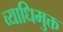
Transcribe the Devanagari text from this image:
व्याधिमुक्त